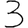
Digit: 3